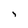
Character: i